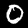
Digit: 0